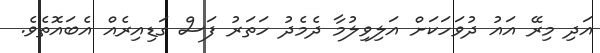
އަދި މިރޭ އައު ދުވަހަކަށް އަލިވިލުމާ ދެމެދު ހަތަރު ފަސް ގަޑިއިރެއް އެބައޮތެވެ.